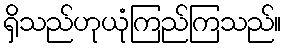
ရှိသည်ဟုယုံကြည်ကြသည်။